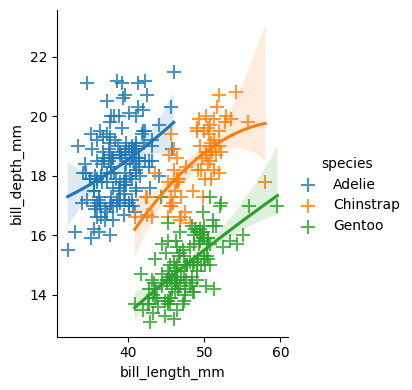
python, seaborn, lmplot, aspect=0.8, order=2, markers='+'